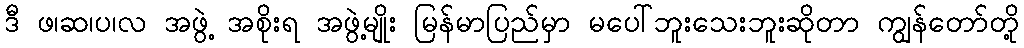
ဒီ ဖ၊ဆ၊ပ၊လ အဖွဲ့ အစိုးရ အဖွဲ့မျိုး မြန်မာပြည်မှာ မပေါ်ဘူးသေးဘူးဆိုတာ ကျွန်တော်တို့